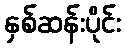
နှစ်ဆန်းပိုင်း